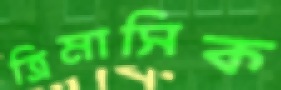
ত্রিমাসিক